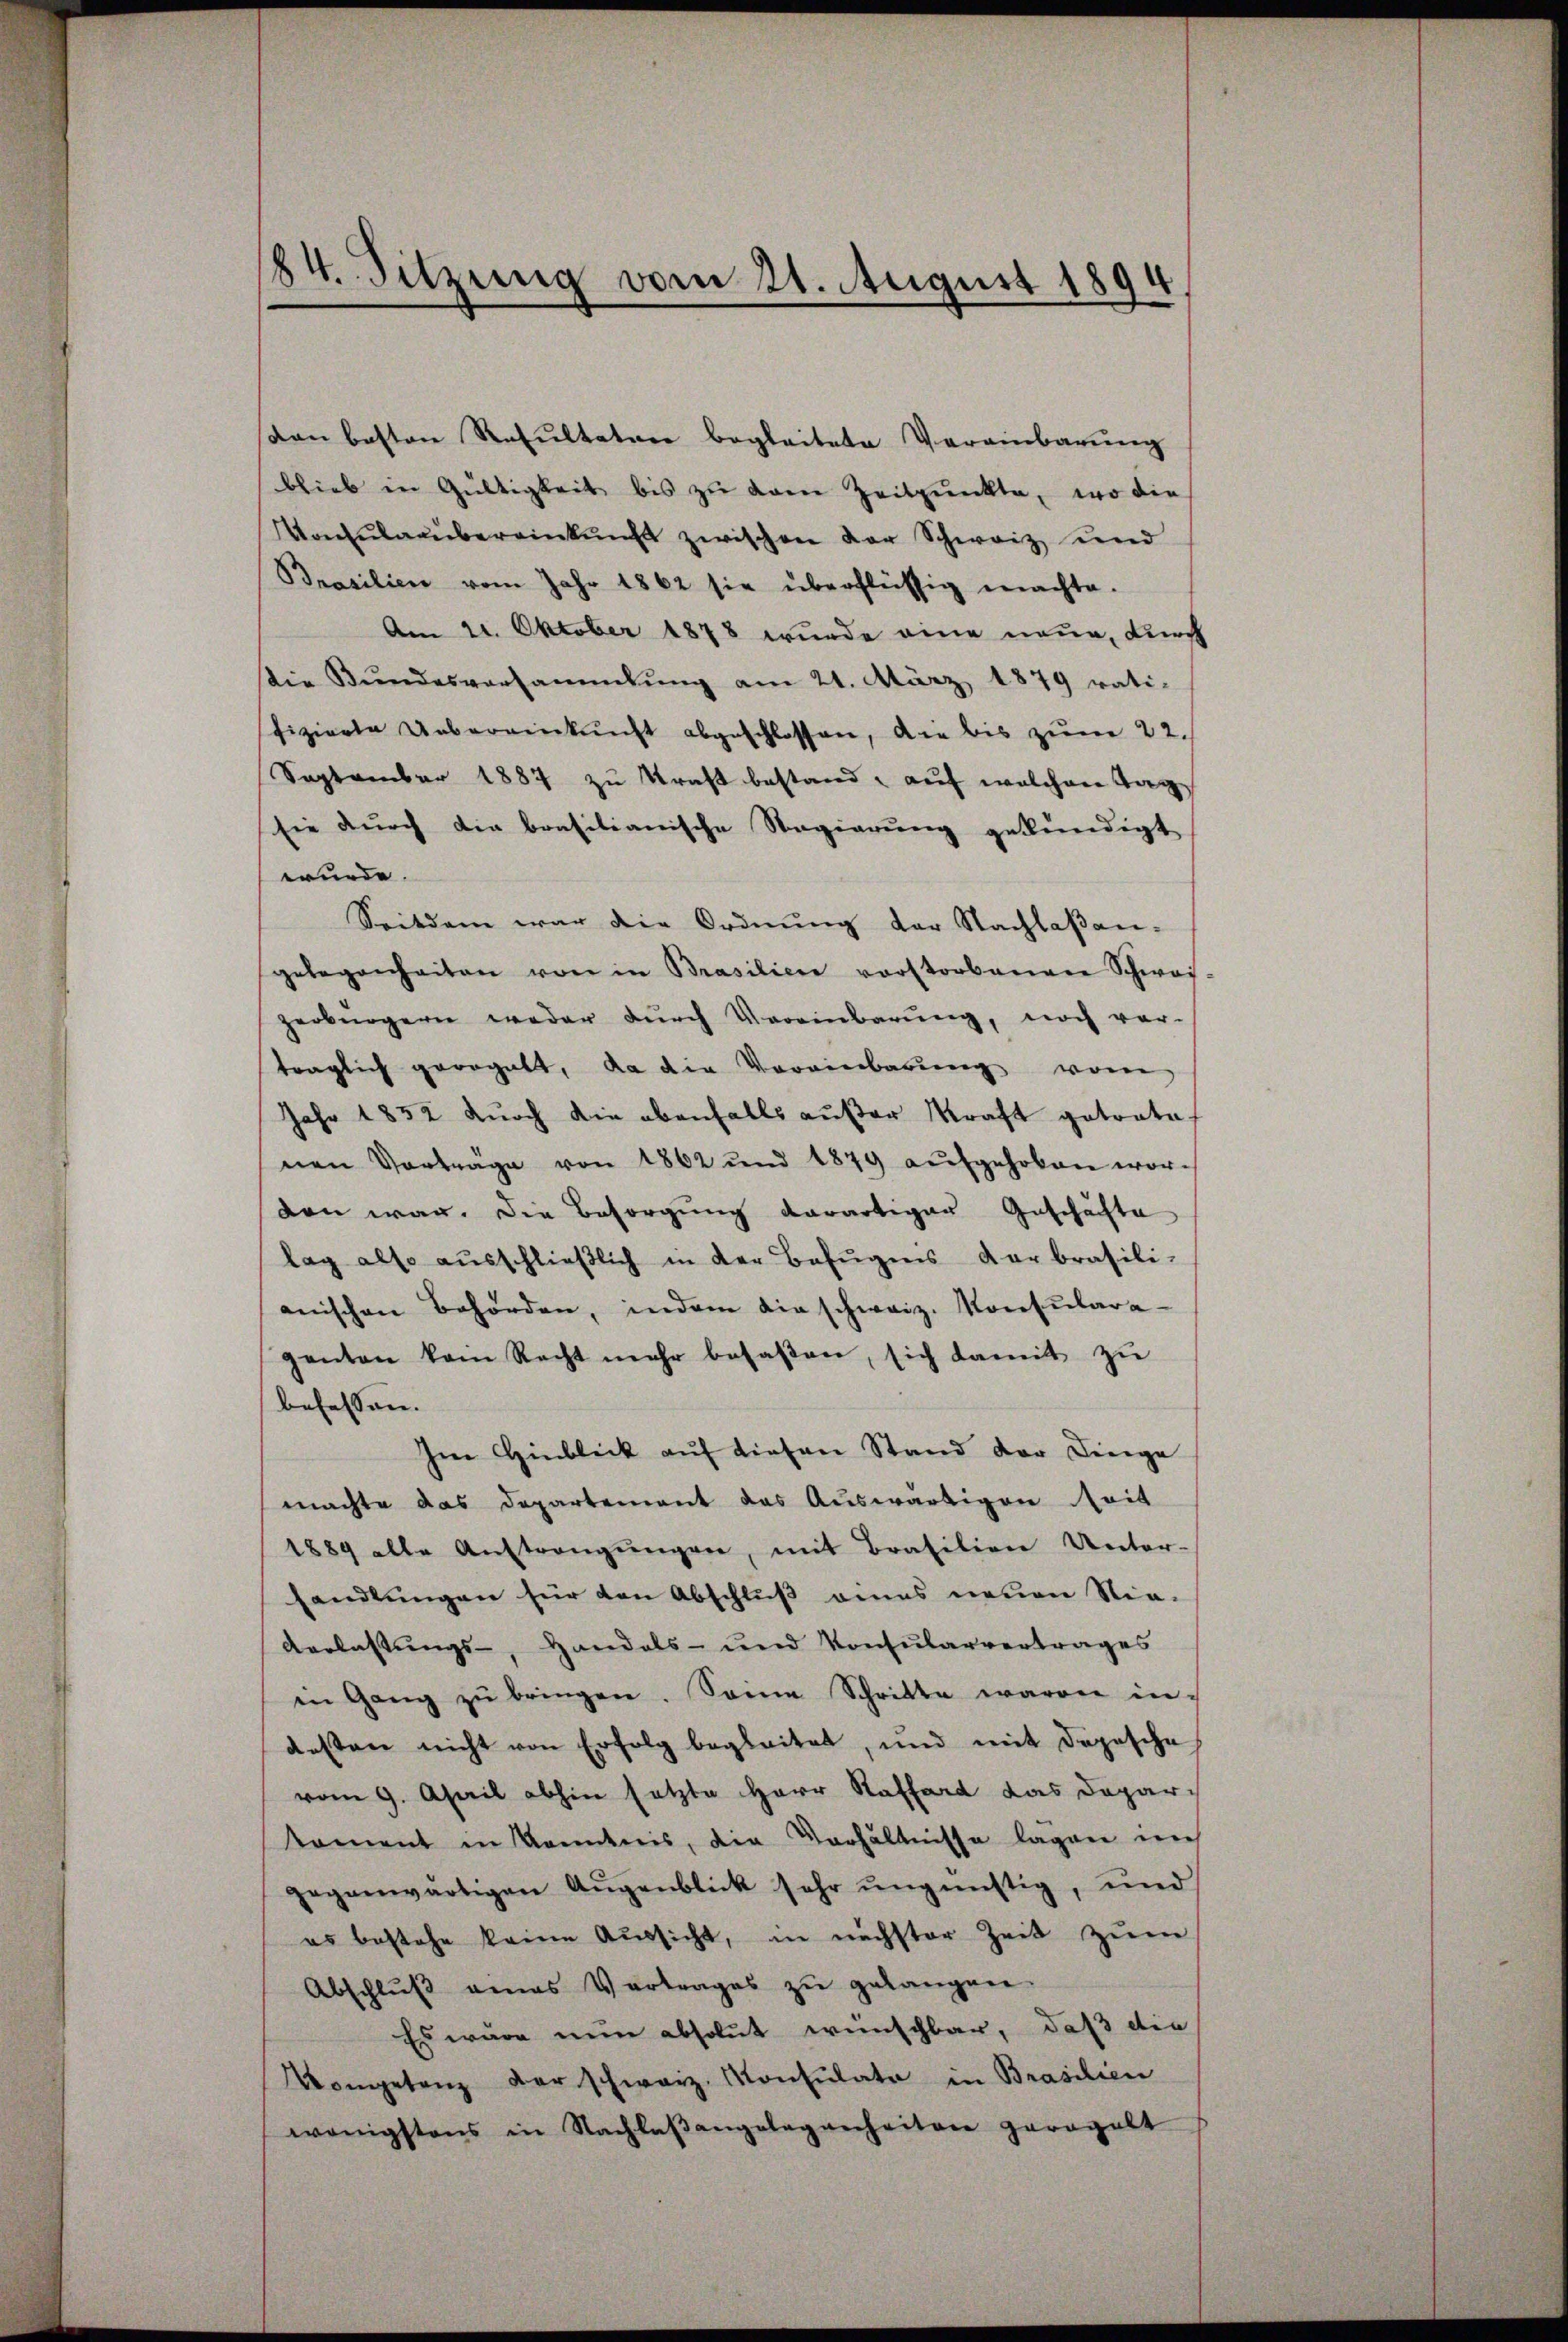
8
4. Sitzung vom 21. August 1894

don besten Resultaten begleitete Vereinbarung
blieb in Gültigkeit bis zu vom Zeitpunkte, wo die
Konsŭlaaŭbereinkunft zwischen der Schweiz und
Brasilien vom Jahr 1862 sie überflüssig machte.
Am 21. Oktober 1878 wurde eine neue, durch
Die Bŭndesversammlung am 21. März 1879 rati-
fizierte Uebereinkunft abgeschlossen, die bis zŭm 22.
September 1887 zu kraft bestand, auf welchen Tagsie durch die brasilianische Regierung gekündigt
wurde.
Seitdem war die Ordnŭng der Nachlaβan-
gelegenheiten von in Brasilien vorstorbenen Schwei-
zerbürgern weder dŭrch Vereinbarŭng, noch vor
träglich geregelt, da die Vereinbarŭng vom
Jahr 1852 dŭrch die ebenfalls außer Kraft getrate.
nen Vorträge von 1862 und 1879 aŭfgehoben wor-
den war. Die Besorgung derartiger Geschäfte
lag also aŭsschlieβlich in der Befugnis der brasili-
anischen Behörden, indem die schweiz. Konsulara-
genten kein Recht mehr besaßen, sich damit zŭ
befessen.
Im Hinblick auf diesen Stand der Dinge
machte das Departement das Auswärtigen Seit
1889 alle Aŭstrangŭngen, mit Brasilien Unter-
handlungen für den Abschluß eines neuen Nie-
Verlassungs-, Handels- und Konsularvertrages
in Gang zŭ bringen. Seine Schritte waren in
desten nicht von Erfolg begleitet, und mit Depesche
vom 9. April abhin setzte Herr Raffard das Depar-
koment in Kenntnis, die Verhältnisse lagen ich
gegenwärtigen Augenblick sehr ungünstig, und
es bestehe keine Aussicht, in nächster Zeit zŭm
Abschlŭβ eines Vertrages zŭ gelangen.
Es wäre nun absolut wünschbar, daß die
ongetanz der schweiz. Konsŭlata in Brasilien
wenigstens in Nachlaβangelegenheiten geregelt